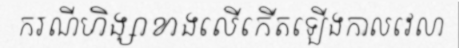
ករណីហិង្សាខាងលើកើតឡើងកាលវេលា